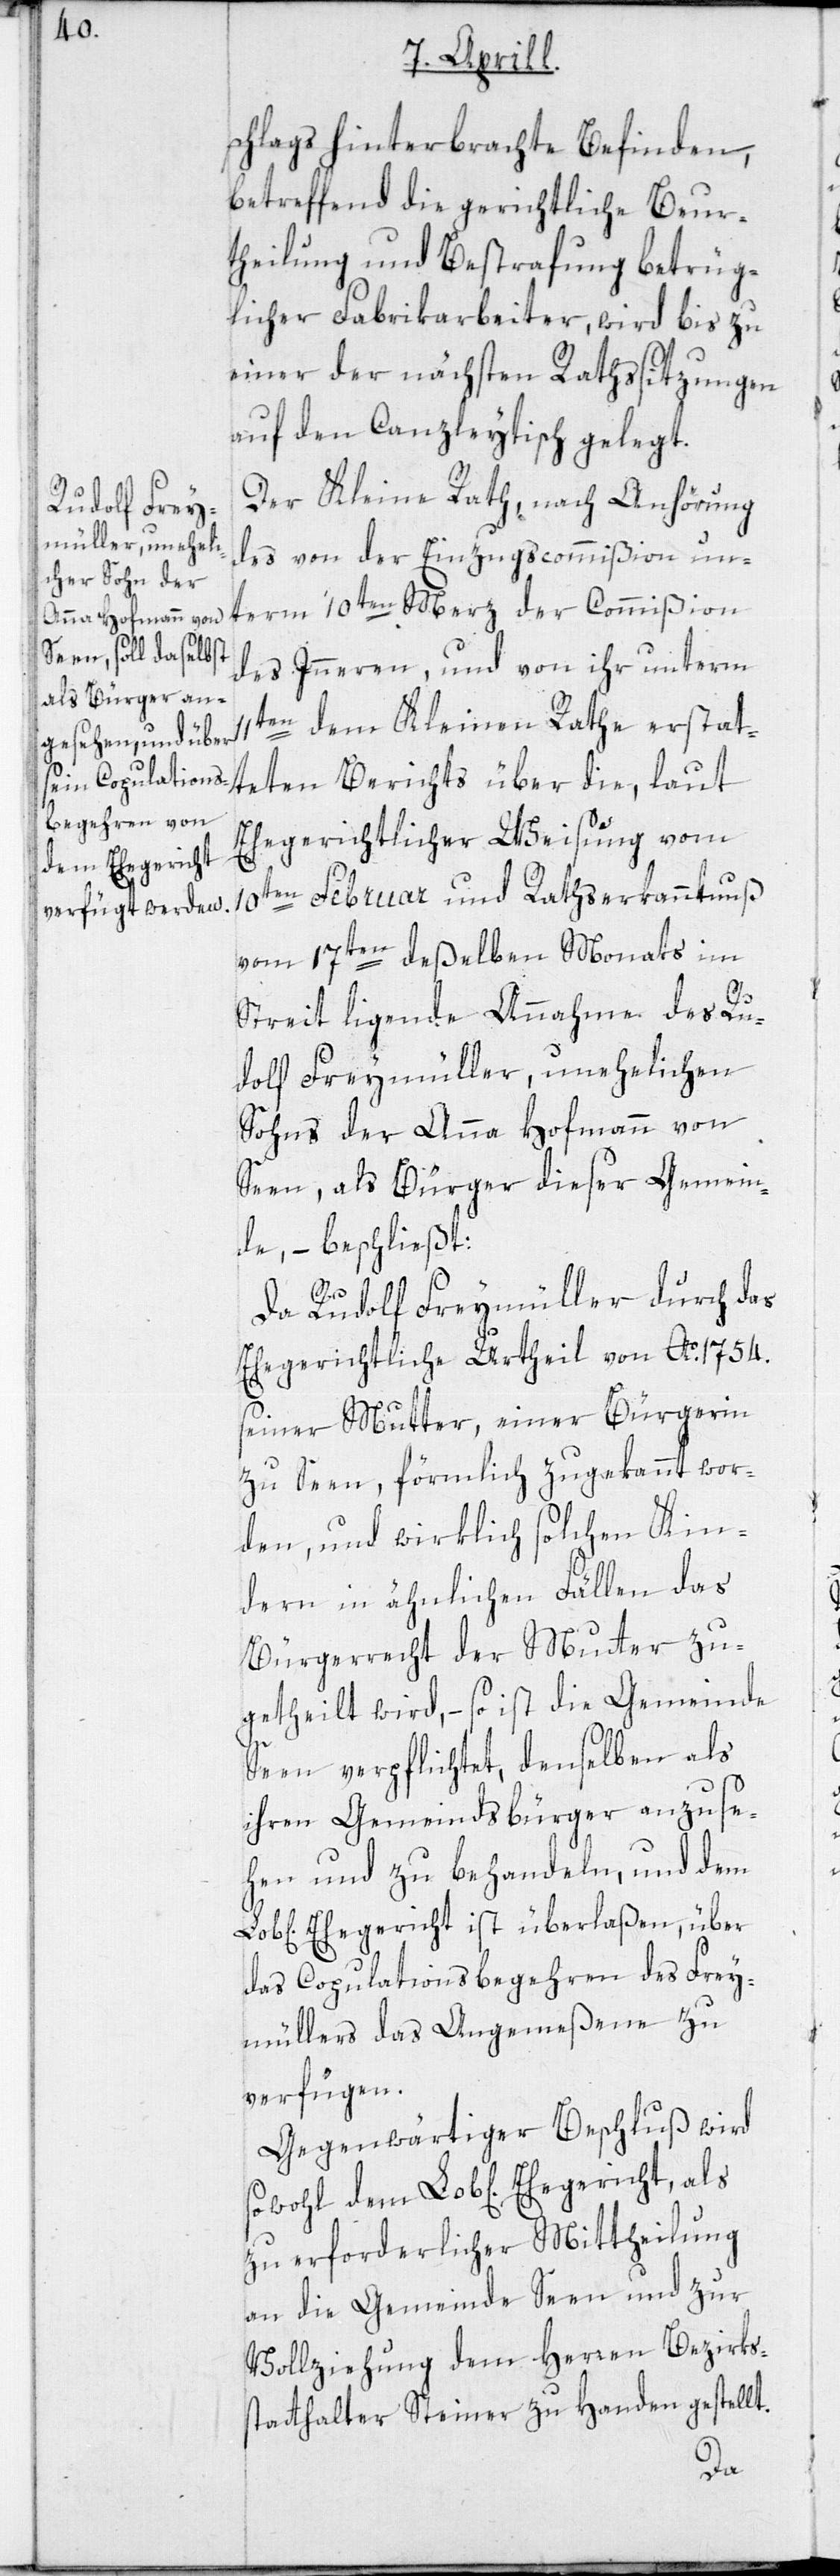
en] Ehegericht,

schlags hinterbrachte Befinden,
betreffend die gerichtliche Beur¬
theilung und Bestrafung betrüg¬
licher Fabrikarbeiter, wird bis zu
einer der nächsten Rathssitzungen
auf den Canzleytisch gelegt.
Der Kleine Rath, nach Anhörung
des von der Einzugscommißion un¬
term 10ten Merz der Commißion
des Inneren, und von ihr unterm
11ten dem Kleinen Rathe erstat¬
teten Berichts über die, laut
Ehegerichtlicher Weisung vom
10ten Februar und Rathserkanntnuß
vom 17ten deßelben Monats im
Streit ligende Annahme des Ru¬
dolf Freymüller, unehelichen
Sohns der Anna Hofmann von
Seen, als Bürger dieser Gemein¬
de, – beschließt:
als
Da Rudolf Freymüller durch das
Ehegerichtliche Urtheil von Ao. 1754.
seiner Mutter, einer Bürgerin
zu Seen, förmlich zugekannt wor¬
den, und wirklich solchen Kin¬
dern in ähnlichen Fällen das
Bürgerrecht der Mutter zu¬
getheilt wird, – so ist die Gemeinde
Seen verpflichtet, denselben als
ihren Gemeindsbürger anzuse¬
hen und zu behandeln, und dem
ichen] Ehegericht ist überlaßen, über
das Copulationsbegehren des Frey¬
müllers das Angemeßene zu
verfügen.
Gegenwärtiger Beschluß wird
zu erforderlicher Mittheilung
an die Gemeinde Seen und zur
Vollziehung dem Herren Bezirks¬
statthalter Steiner zu Handen gestellt.